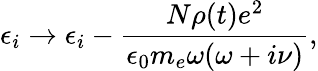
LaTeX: \epsilon_{i}\to\epsilon_{i}-\frac{N\rho(t)e^{2}}{\epsilon_{0}m_{e}\omega(\omega+i\nu)},